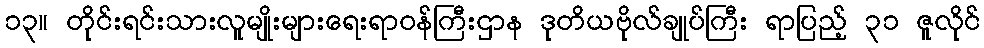
၁၃။ တိုင်းရင်းသားလူမျိုးများရေးရာဝန်ကြီးဌာန ဒုတိယဗိုလ်ချုပ်ကြီး ရာပြည့် ၃၁ ဇူလိုင်